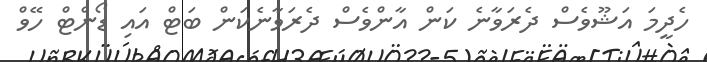
ހެދީމަ އަޝޫވެސް ދެރަވާނެ ކަން އާންވެސް ދެރަވާނެކަން ބަޓް އައި ޑޯންޓް ހޭވް